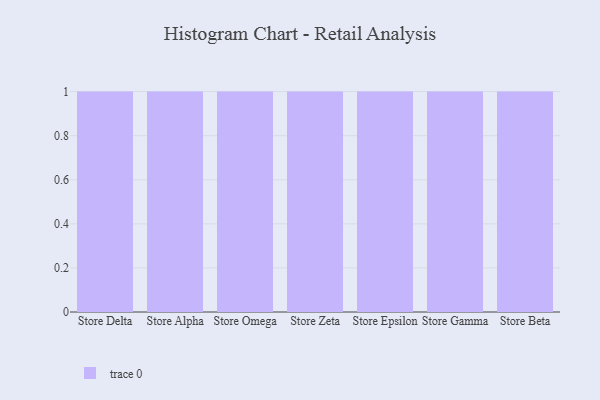
{"axis": {"x": "Store", "y": "Production Output"}, "legend": [""], "data": [{"x": "Store Delta", "y": 25, "type": ""}, {"x": "Store Alpha", "y": 18, "type": ""}, {"x": "Store Omega", "y": 47, "type": ""}, {"x": "Store Zeta", "y": 27, "type": ""}, {"x": "Store Epsilon", "y": 78, "type": ""}, {"x": "Store Gamma", "y": 86, "type": ""}, {"x": "Store Beta", "y": 98, "type": ""}]}